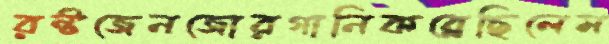
রন্টজেনজোরগানিকব্‌লেছিলেম